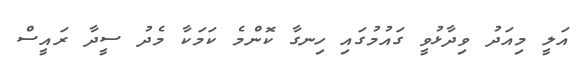
އަލީ މިއަދު ވިދާޅުވީ ގައުމުގައި ހިނގާ ކޮންމެ ކަމަކާ މެދު ސީދާ ރައީސް